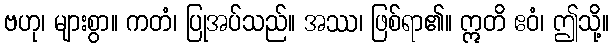
ဗဟု၊ များစွာ။ ကတံ၊ ပြုအပ်သည်။ အဿ၊ ဖြစ်ရာ၏။ ဣတိ ဧဝံ၊ ဤသို့။